Cholera in India, 1862 to 1881
Year: 1862
Disease focus: Cholera
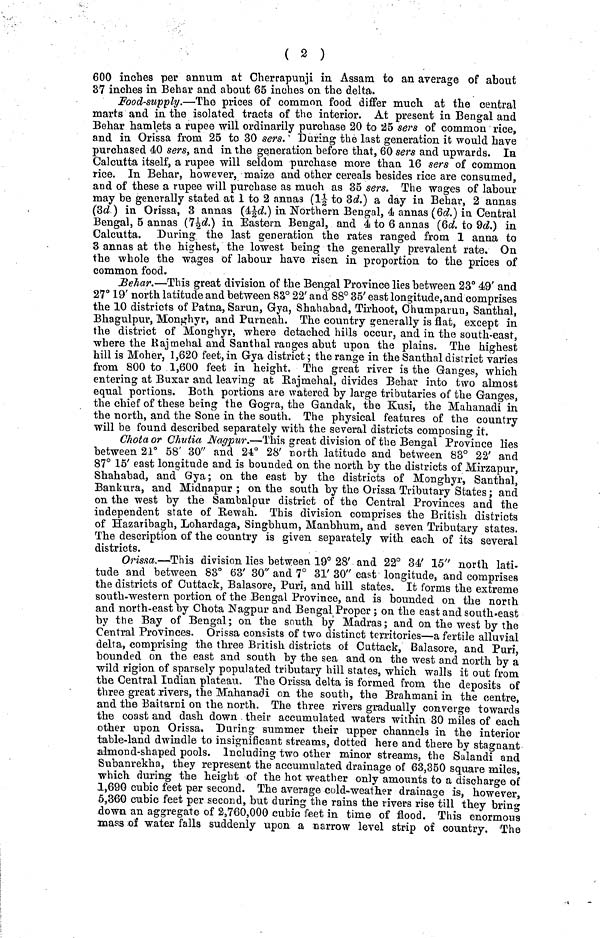
( 2 )
600 inches per annum at Cherrapunji in Assam to an average of about
37 inches in Behar and about 65 inches on the delta.
Food-supply.—The prices of common food differ much at the central
marts and in the isolated tracts of the interior. At present in Bengal and
Behar hamlets a rupee will ordinarily purchase 20 to 25 sers of common rice,
and in Orissa from 25 to 30 sers. During the last generation it would have
purchased 40 sers, and in the generation before that, 60 sers and upwards. In
Calcutta itself, a rupee will seldom purchase more than 16 sers of common
rice. In Behar, however, maize and other cereals besides rice are consumed,
and of these a rupee will purchase as much as 35 sers. The wages of labour
may be generally stated at 1 to 2 annas (1½ to 3d.) a day in Behar, 2 annas
(3d ) in Orissa, 3 annas (4½d) in Northern Bengal, 4 annas (6d.) in Central
Bengal, 5 annas (7½d) in Eastern Bengal, and 4 to 6 annas (6d. to 9d.) in
Calcutta. During the last generation the rates ranged from 1 anna to
3 annas at the highest, the lowest being the generally prevalent rate. On
the whole the wages of labour have risen in proportion to the prices of
common food.
Behar.—This great division of the Bengal Province lies between 23° 49' and
27° 19' north latitude and between 83° 22' and 88° 35' east longitude,and comprises
the 10 districts of Patna, Sarun, Gya, Shahabad, Tirhoot, Chumparun, Santhal,
Bhagulpur, Monghyr, and Purneah. The country generally is flat, except in
the district of Monghyr, where detached hills occur, and in the south-east,
where the Rajmehal and Santhal ranges abut upon the plains. The highest
hill is Moher, 1,620 feet, in Gya district ; the range in the Santhal district varies
from 800 to 1,600 feet in height. The great river is the Ganges, which
entering at Buxar and leaving at Rajmehal, divides Behar into two almost
equal portions. Both portions are watered by large tributaries of the Ganges,
the chief of these being the Gogra, the Gandak, the Kusi, the Mahanadi in
the north, and the Sone in the south. The physical features of the country
will be found described separately with the several districts composing it.
Chota or Chutia Nagpur.—This great division of the Bengal Province lies
between 21° 58' 30" and 24° 28' north latitude and between 83° 22' and
87° 15' east longitude and is bounded on the north by the districts of Mirzapur,
Shahabad, and Gya; on the east by the districts of Monghyr, Santhal,
Bankura, and Midnapur ; on the south by the Orissa Tributary States ; and
on the west by the Sambalpur district of the Central Provinces and the
independent state of Rewah. This division comprises the British districts
of Hazaribagh, Lohardaga, Singbhum, Manbhum, and seven Tributary states.
The description of the country is given separately with each of its several
districts.
Orissa.—This division lies between 19° 28' and 22° 34' 15" north lati-
tude and between 83° 63' 30" and 7° 31' 30" east longitude, and comprises
the districts of Cuttack, Balasore, Puri, and hill states. It forms the extreme
south-western portion of the Bengal Province, and is bounded on the north
and north-east by Chota Nagpur and Bengal Proper ; on the east and south-east
by the Bay of Bengal ; on the south by Madras ; and on the west by the
Central Provinces. Orissa consists of two distinct territories—a fertile alluvial
delta, comprising the three British districts of Cuttack, Balasore, and Puri,
bounded on the east and south by the sea and. on the west and north by a
wild rigion of sparsely populated tributary hill states, which walls it out from
the Central Indian plateau. The Orissa delta is formed from the deposits of
three great rivers, the Mahanadi on the south, the Brahmani in the centre,
and the Baitarni on the north. The three rivers gradually converge towards
the coast and dash down their accumulated waters within 30 miles of each
other upon Orissa, During summer their upper channels in the interior
table-land dwindle to insignificant streams, dotted here and there by stagnant
almond-shaped pools. Including two other minor streams, the Salandi and
Subanrekha, they represent the accumulated drainage of 63,350 square miles,
which during the height of the hot weather only amounts to a discharge of
1,690 cubic feet per second. The average cold-weather drainage is, however,
5,360 cubic feet per second, but during the rains the rivers rise till they bring
down an aggregate of 2,760,000 cubic feet in time of flood. This enormous
mass of water falls suddenly upon a narrow level strip of country. The